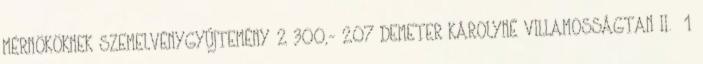
MÉRNÖKÖKNEK SZEMELVÉNYGYŰJTEMÉNY 2 300,- 207 DEMETER KÁROLYNÉ VILLAMOSSÁGTAN II. 1